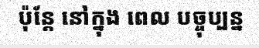
ប៉ុន្តែ នៅក្នុង ពេល បច្ចុប្បន្ន